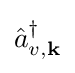
{\hat {a}}_{v,{\mathbf {k} }}^{\dagger }